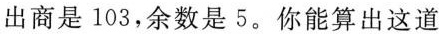
出商是103，余数是5。你能算出这道